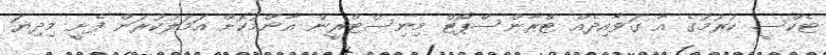
ޓެކްސީ ކުރުމުގެ އާ ގަވާއިދެއް ޓްރާންސްޕޯޓް މިނިސްޓްރީން އާންމުކޮށް އަމަލުކުރަން ފެށީ މިދިޔަ